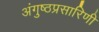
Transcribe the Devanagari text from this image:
अंगुष्ठप्रसारिणी